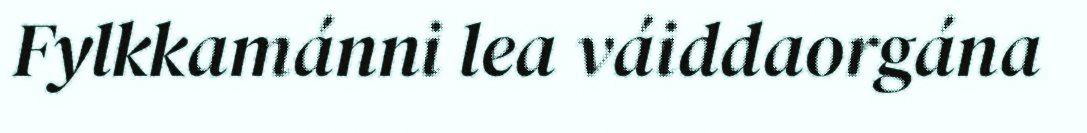
Fylkkamánni lea váiddaorgána